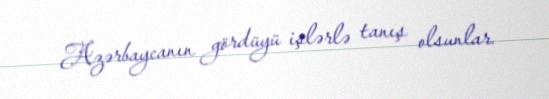
Azərbaycanın gördüyü işlərlə tanış olsunlar.